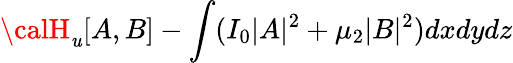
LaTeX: {\calH}_{\mathit{u}}[A,B]-\int(I_{0}|A|^{2}+\mu_{2}|B|^{2})dxdydz